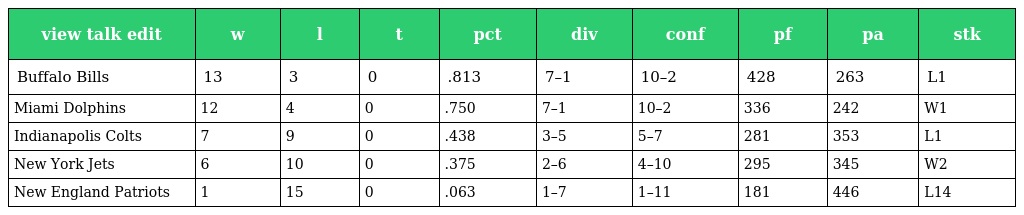
| view talk edit | w | l | t | pct | div | conf | pf | pa | stk |
 | --- | --- | --- | --- | --- | --- | --- | --- | --- | --- |
 | Buffalo Bills | 13 | 3 | 0 | .813 | 7–1 | 10–2 | 428 | 263 | L1 |
 | Miami Dolphins | 12 | 4 | 0 | .750 | 7–1 | 10–2 | 336 | 242 | W1 |
 | Indianapolis Colts | 7 | 9 | 0 | .438 | 3–5 | 5–7 | 281 | 353 | L1 |
 | New York Jets | 6 | 10 | 0 | .375 | 2–6 | 4–10 | 295 | 345 | W2 |
 | New England Patriots | 1 | 15 | 0 | .063 | 1–7 | 1–11 | 181 | 446 | L14 |